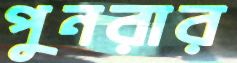
পুনরার